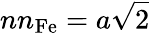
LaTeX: nn_{\mathrm{Fe}}={a}\sqrt{2}